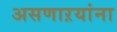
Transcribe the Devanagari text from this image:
असणाऱयांना